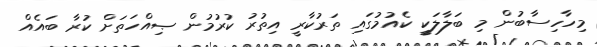
މިހާހިސާބުން މި ބަލާލަކީ ކެއުމުގައި ތަރުކާރީ އިތުރު ކުރުމުން ޞިއްހަތަށް ކުރާ ބައެއް